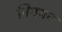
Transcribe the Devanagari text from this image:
निमयन